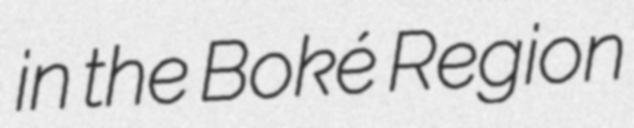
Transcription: in the Boké Region